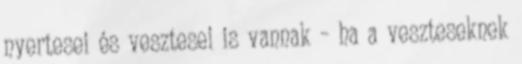
nyertesei és vesztesei is vannak – ha a veszteseknek